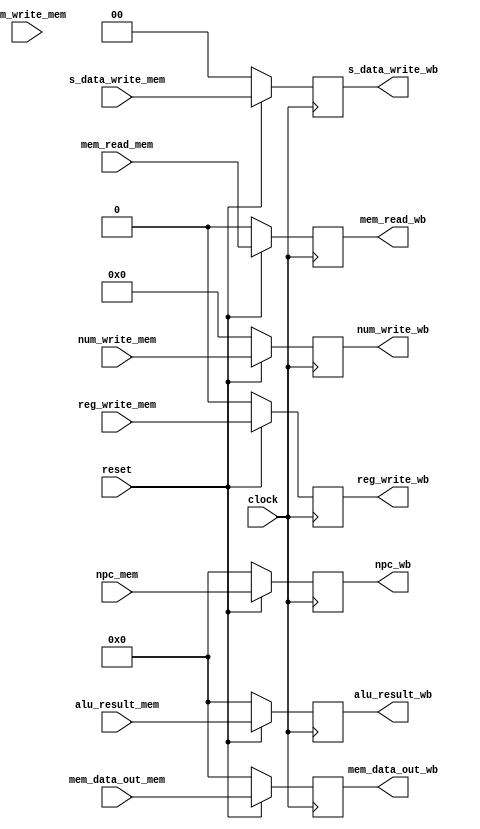
module mem_wb(	 clock,
                 reset,
                 mem_write_mem,
                 mem_read_mem,
                 mem_data_out_mem,
                 alu_result_mem,
                 num_write_mem,
                 s_data_write_mem,
                 reg_write_mem,
                 npc_mem,
                 mem_data_out_wb,
                 mem_read_wb,
                 reg_write_wb,
                 s_data_write_wb,
                 num_write_wb,
                 alu_result_wb,
                 npc_wb);

  input 			clock;
  input 			reset;
  input [31:0] 	mem_data_out_mem;
  input [31:0] 	alu_result_mem;
  input [4:0]		num_write_mem;
  input [1:0]		s_data_write_mem;
  input 			reg_write_mem;
  input [31:0]	npc_mem;
  input 			mem_write_mem;
  input 			mem_read_mem;

  output reg [31:0] 	mem_data_out_wb;
  output reg [1:0] 	s_data_write_wb;
  output reg [4:0] 	num_write_wb;
  output reg [31:0] 	alu_result_wb;
  output reg [31:0]	npc_wb;
  output reg 			reg_write_wb;
  output reg 			mem_read_wb;

  always@(posedge clock)
  begin
    if(reset==0)
    begin
      mem_data_out_wb		<=	0;
      reg_write_wb		<=	0;
      s_data_write_wb		<=	0;
      num_write_wb		<=	0;
      alu_result_wb		<=	0;
      npc_wb				<=	0;
      mem_read_wb			<=  0;
    end
    else
    begin
      mem_data_out_wb		<=	mem_data_out_mem;
      reg_write_wb		<=	reg_write_mem	;
      s_data_write_wb		<=	s_data_write_mem;
      num_write_wb		<=	num_write_mem	;
      alu_result_wb		<=	alu_result_mem	;
      npc_wb				<=	npc_mem			;
      mem_read_wb			<=  mem_read_mem	;
    end
  end

endmodule